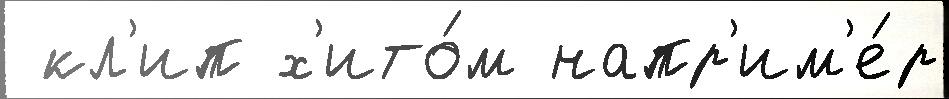
 кл'ип х'ито́м напр'им'е́р